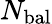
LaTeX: N_{\mathrm{bal}}